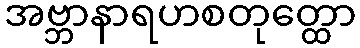
အဗ္ဘာနာရဟစတုတ္ထော